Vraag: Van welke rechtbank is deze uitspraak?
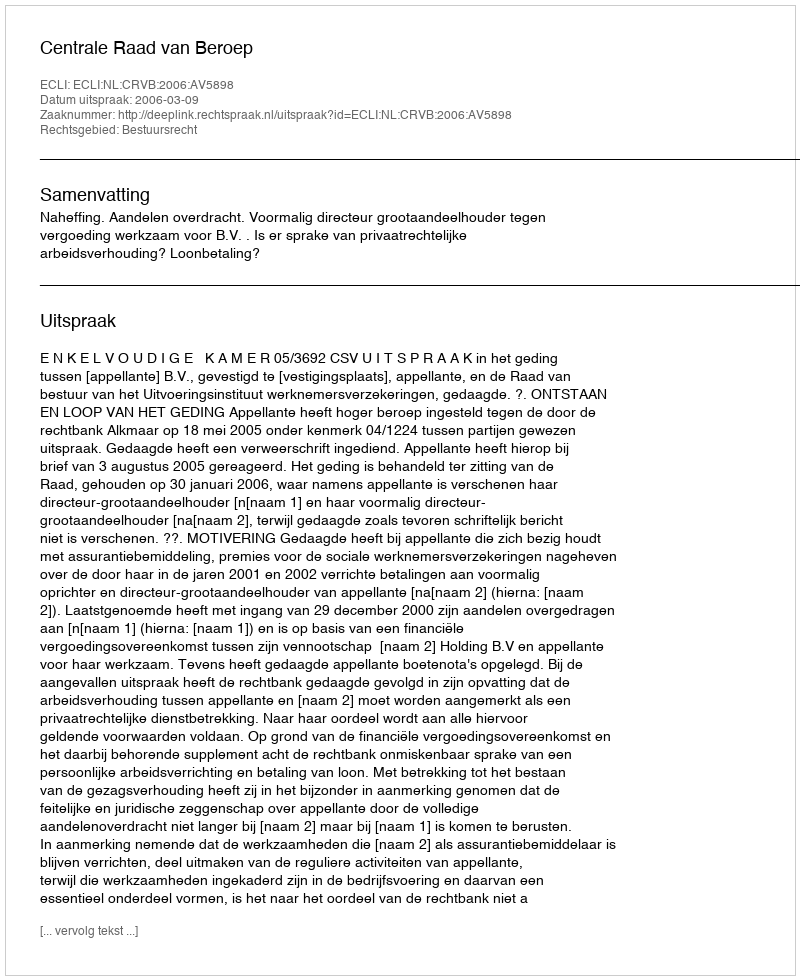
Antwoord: Centrale Raad van Beroep